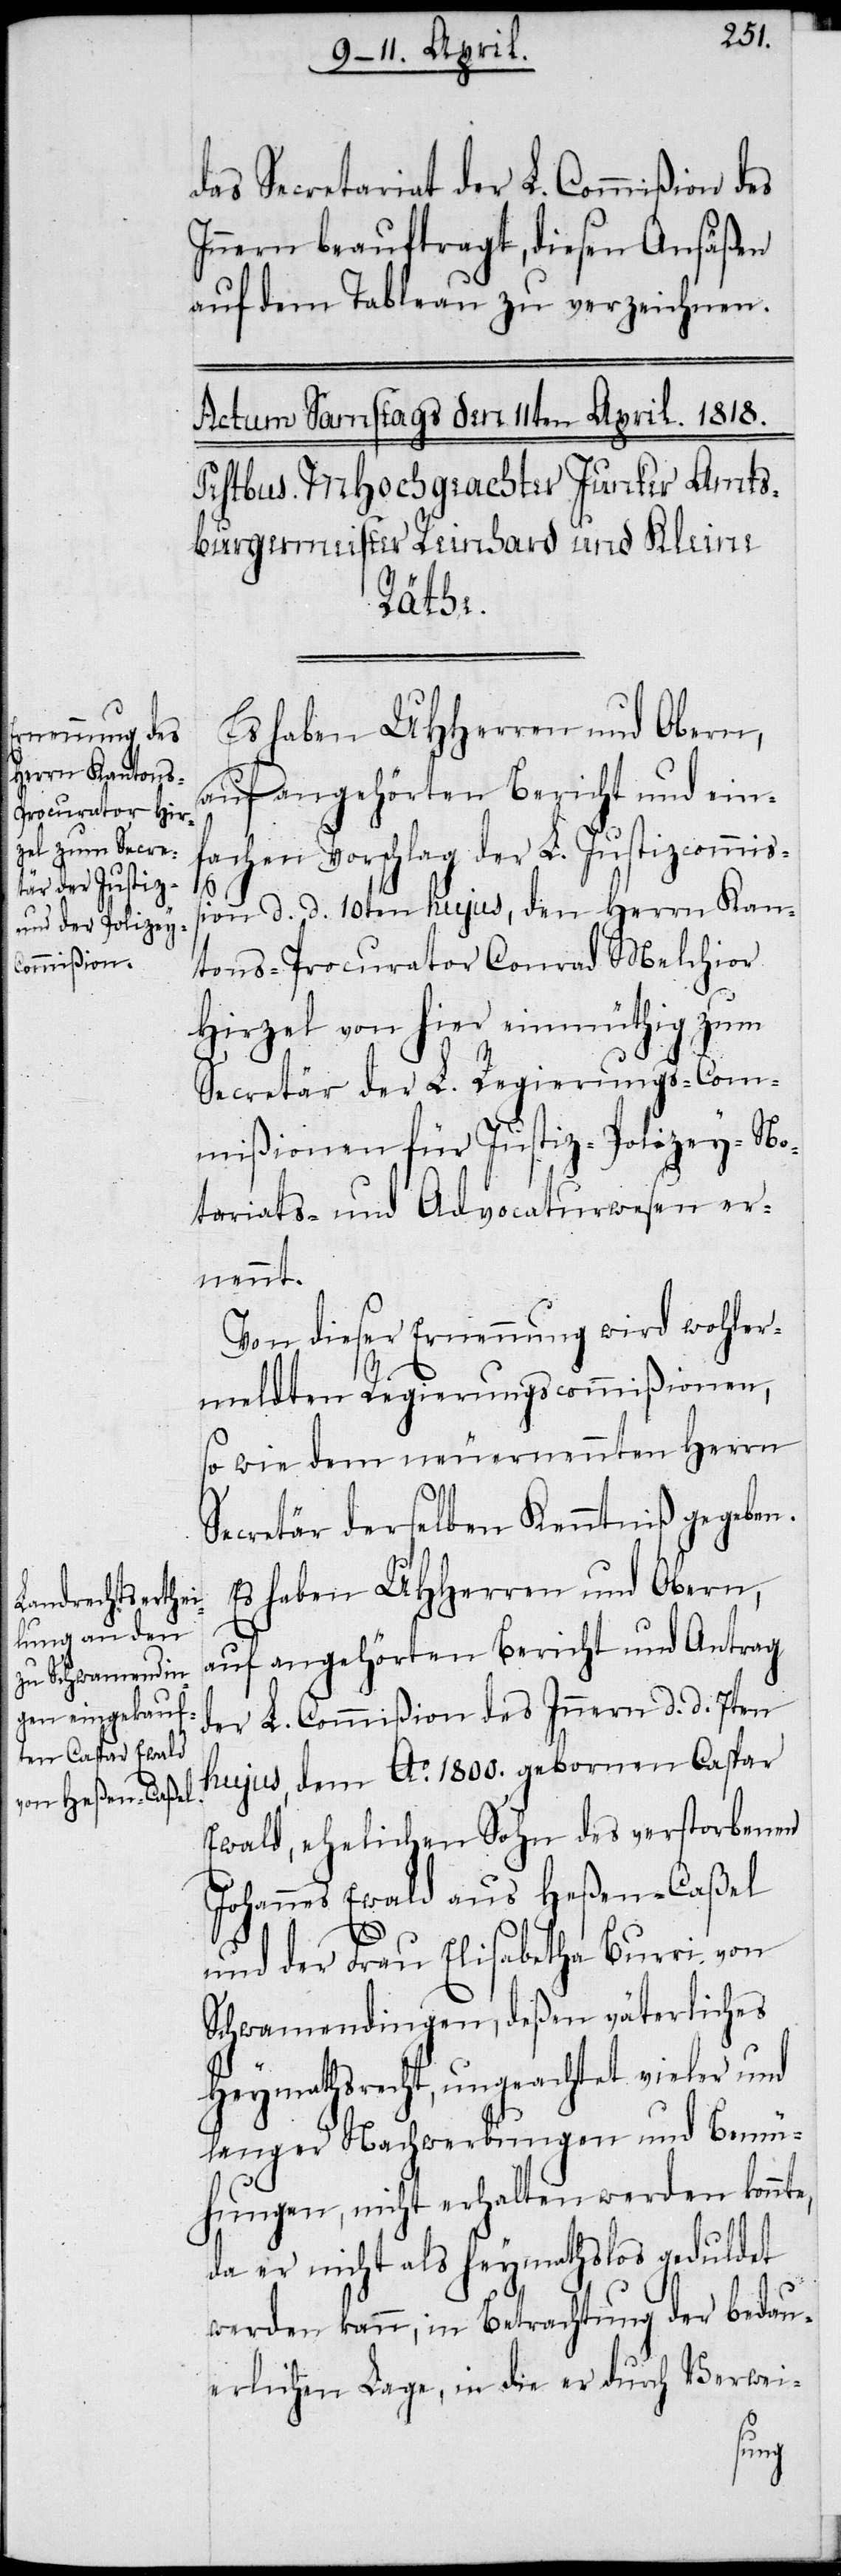
das Secretariat der L. Commißion des
Innern beauftragt, diesen Ansäßen
auf dem Tableau zu verzeichnen.
Es haben UHHerren und Obern,
auf angehörten Bericht und ein¬
fachen Vorschlag der L. Justizcommiß¬
ion d. d. 10ten hujus, den Herrn Kan¬
tons-Procurator Conrad Melchior
Hirzel von hier einmüthig zum
Secretär der L. Regierungs-Com¬
mißionen für Justiz- Polizey- No¬
tariats- und Advocaturwesen er¬
nennt.
Von dieser Ernennung wird wohler¬
meldten Regierungscommißionen,
so wie dem neuernennten Herrn
Secretär derselben Kenntniß gegeben.
Es haben UHHerren und Obern,
auf angehörten Bericht und Antrag
der L. Commißion des Innern d. d. 7ten
hujus, dem Ao. 1800. gebornen Caspar
Ewald, ehelichen Sohn des verstorbenen
Johannes Ewald aus Heßen-Caßel
und der Frau Elisabetha Burri von
Schwamendingen, deßen väterliches
Heymathsrecht, ungeachtet vieler und
langer Nachwerbungen und Bemü¬
hungen, nicht erhalten werden konnte,
da er nicht als heymathslos geduldet
werden kann, in Betrachtung der bedau¬
erlichen Lage, in die er durch Verwei-